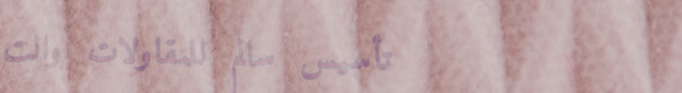
تأسيس سالم للمقاولات والت